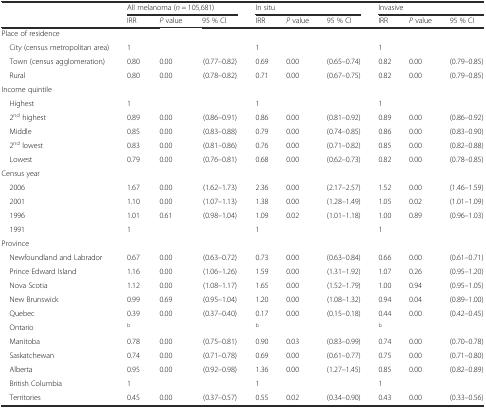
<table><thead><tr><td rowspan="2"></td><td colspan="3"><b>All melanoma (<i>n</i> = 105,681)</b></td><td colspan="3"><b>In situ</b></td><td colspan="3"><b>Invasive</b></td></tr><tr><td><b>IRR</b></td><td><b><i>P</i> value</b></td><td><b>95 % CI</b></td><td><b>IRR</b></td><td><b><i>P</i> value</b></td><td><b>95 % CI</b></td><td><b>IRR</b></td><td><b><i>P</i> value</b></td><td><b>95 % CI</b></td></tr></thead><tbody><tr><td colspan="10">Place of residence</td></tr><tr><td> City (census metropolitan area)</td><td>1</td><td></td><td></td><td>1</td><td></td><td></td><td>1</td><td></td><td></td></tr><tr><td> Town (census agglomeration)</td><td>0.80</td><td>0.00</td><td>(0.77–0.82)</td><td>0.69</td><td>0.00</td><td>(0.65–0.74)</td><td>0.82</td><td>0.00</td><td>(0.79–0.85)</td></tr><tr><td> Rural</td><td>0.80</td><td>0.00</td><td>(0.78–0.82)</td><td>0.71</td><td>0.00</td><td>(0.67–0.75)</td><td>0.82</td><td>0.00</td><td>(0.79–0.85)</td></tr><tr><td colspan="10">Income quintile</td></tr><tr><td> Highest</td><td>1</td><td></td><td></td><td>1</td><td></td><td></td><td>1</td><td></td><td></td></tr><tr><td> 2<sup>nd</sup> highest</td><td>0.89</td><td>0.00</td><td>(0.86–0.91)</td><td>0.86</td><td>0.00</td><td>(0.81–0.92)</td><td>0.89</td><td>0.00</td><td>(0.86–0.92)</td></tr><tr><td> Middle</td><td>0.85</td><td>0.00</td><td>(0.83–0.88)</td><td>0.79</td><td>0.00</td><td>(0.74–0.85)</td><td>0.86</td><td>0.00</td><td>(0.83–0.90)</td></tr><tr><td> 2<sup>nd</sup> lowest</td><td>0.83</td><td>0.00</td><td>(0.81–0.86)</td><td>0.76</td><td>0.00</td><td>(0.71–0.82)</td><td>0.85</td><td>0.00</td><td>(0.82–0.88)</td></tr><tr><td> Lowest</td><td>0.79</td><td>0.00</td><td>(0.76–0.81)</td><td>0.68</td><td>0.00</td><td>(0.62–0.73)</td><td>0.82</td><td>0.00</td><td>(0.78–0.85)</td></tr><tr><td colspan="10">Census year</td></tr><tr><td> 2006</td><td>1.67</td><td>0.00</td><td>(1.62–1.73)</td><td>2.36</td><td>0.00</td><td>(2.17–2.57)</td><td>1.52</td><td>0.00</td><td>(1.46–1.59)</td></tr><tr><td> 2001</td><td>1.10</td><td>0.00</td><td>(1.07–1.13)</td><td>1.38</td><td>0.00</td><td>(1.28–1.49)</td><td>1.05</td><td>0.02</td><td>(1.01–1.09)</td></tr><tr><td> 1996</td><td>1.01</td><td>0.61</td><td>(0.98–1.04)</td><td>1.09</td><td>0.02</td><td>(1.01–1.18)</td><td>1.00</td><td>0.89</td><td>(0.96–1.03)</td></tr><tr><td> 1991</td><td>1</td><td></td><td></td><td>1</td><td></td><td></td><td>1</td><td></td><td></td></tr><tr><td colspan="10">Province</td></tr><tr><td> Newfoundland and Labrador</td><td>0.67</td><td>0.00</td><td>(0.63–0.72)</td><td>0.73</td><td>0.00</td><td>(0.63–0.84)</td><td>0.66</td><td>0.00</td><td>(0.61–0.71)</td></tr><tr><td> Prince Edward Island</td><td>1.16</td><td>0.00</td><td>(1.06–1.26)</td><td>1.59</td><td>0.00</td><td>(1.31–1.92)</td><td>1.07</td><td>0.26</td><td>(0.95–1.20)</td></tr><tr><td> Nova Scotia</td><td>1.12</td><td>0.00</td><td>(1.08–1.17)</td><td>1.65</td><td>0.00</td><td>(1.52–1.79)</td><td>1.00</td><td>0.94</td><td>(0.95–1.05)</td></tr><tr><td> New Brunswick</td><td>0.99</td><td>0.69</td><td>(0.95–1.04)</td><td>1.20</td><td>0.00</td><td>(1.08–1.32)</td><td>0.94</td><td>0.04</td><td>(0.89–1.00)</td></tr><tr><td> Quebec</td><td>0.39</td><td>0.00</td><td>(0.37–0.40)</td><td>0.17</td><td>0.00</td><td>(0.15–0.18)</td><td>0.44</td><td>0.00</td><td>(0.42–0.45)</td></tr><tr><td> Ontario</td><td><sup>b</sup></td><td></td><td></td><td><sup>b</sup></td><td></td><td></td><td><sup>b</sup></td><td></td><td></td></tr><tr><td> Manitoba</td><td>0.78</td><td>0.00</td><td>(0.75–0.81)</td><td>0.90</td><td>0.03</td><td>(0.83–0.99)</td><td>0.74</td><td>0.00</td><td>(0.70–0.78)</td></tr><tr><td> Saskatchewan</td><td>0.74</td><td>0.00</td><td>(0.71–0.78)</td><td>0.69</td><td>0.00</td><td>(0.61–0.77)</td><td>0.75</td><td>0.00</td><td>(0.71–0.80)</td></tr><tr><td> Alberta</td><td>0.95</td><td>0.00</td><td>(0.92–0.98)</td><td>1.36</td><td>0.00</td><td>(1.27–1.45)</td><td>0.85</td><td>0.00</td><td>(0.82–0.89)</td></tr><tr><td> British Columbia</td><td>1</td><td></td><td></td><td>1</td><td></td><td></td><td>1</td><td></td><td></td></tr><tr><td> Territories</td><td>0.45</td><td>0.00</td><td>(0.37–0.57)</td><td>0.55</td><td>0.02</td><td>(0.34–0.90)</td><td>0.43</td><td>0.00</td><td>(0.33–0.56)</td></tr></tbody></table>